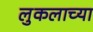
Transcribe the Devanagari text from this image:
लुकलाच्या